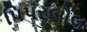
પિપરબોલ